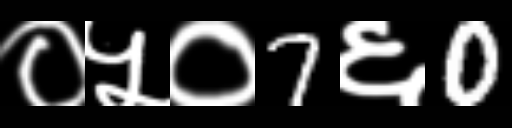
Text: ०५०7६0